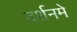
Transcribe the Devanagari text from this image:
दर्शनमे